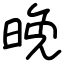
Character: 晩